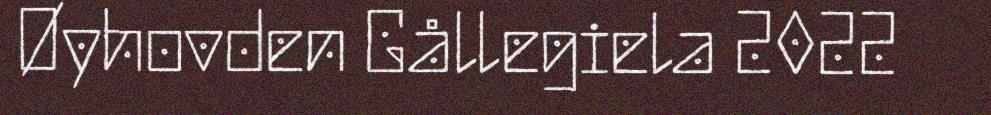
Øyhovden Gållegiela 2022